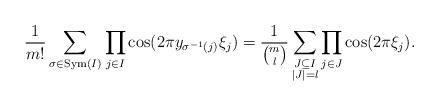
LaTeX: \begin{align*}\frac{1}{m!}\sum_{\sigma \in {\rm Sym}(I)}\prod_{j\in I} \cos(2\pi y_{\sigma^{-1}(j)} \xi_j)=\frac{1}{{m \choose l}}\sum_{\substack{J\subseteq I\\ |J|=l}}\prod_{j\in J} \cos(2\pi \xi_j).\end{align*}